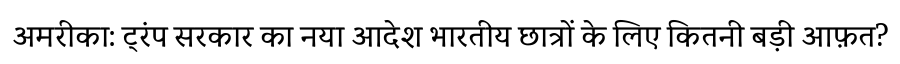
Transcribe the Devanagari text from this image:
अमरीका: ट्रंप सरकार का नया आदेश भारतीय छात्रों के लिए कितनी बड़ी आफ़त?